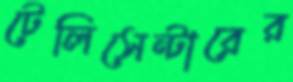
টেলিসেন্টারের